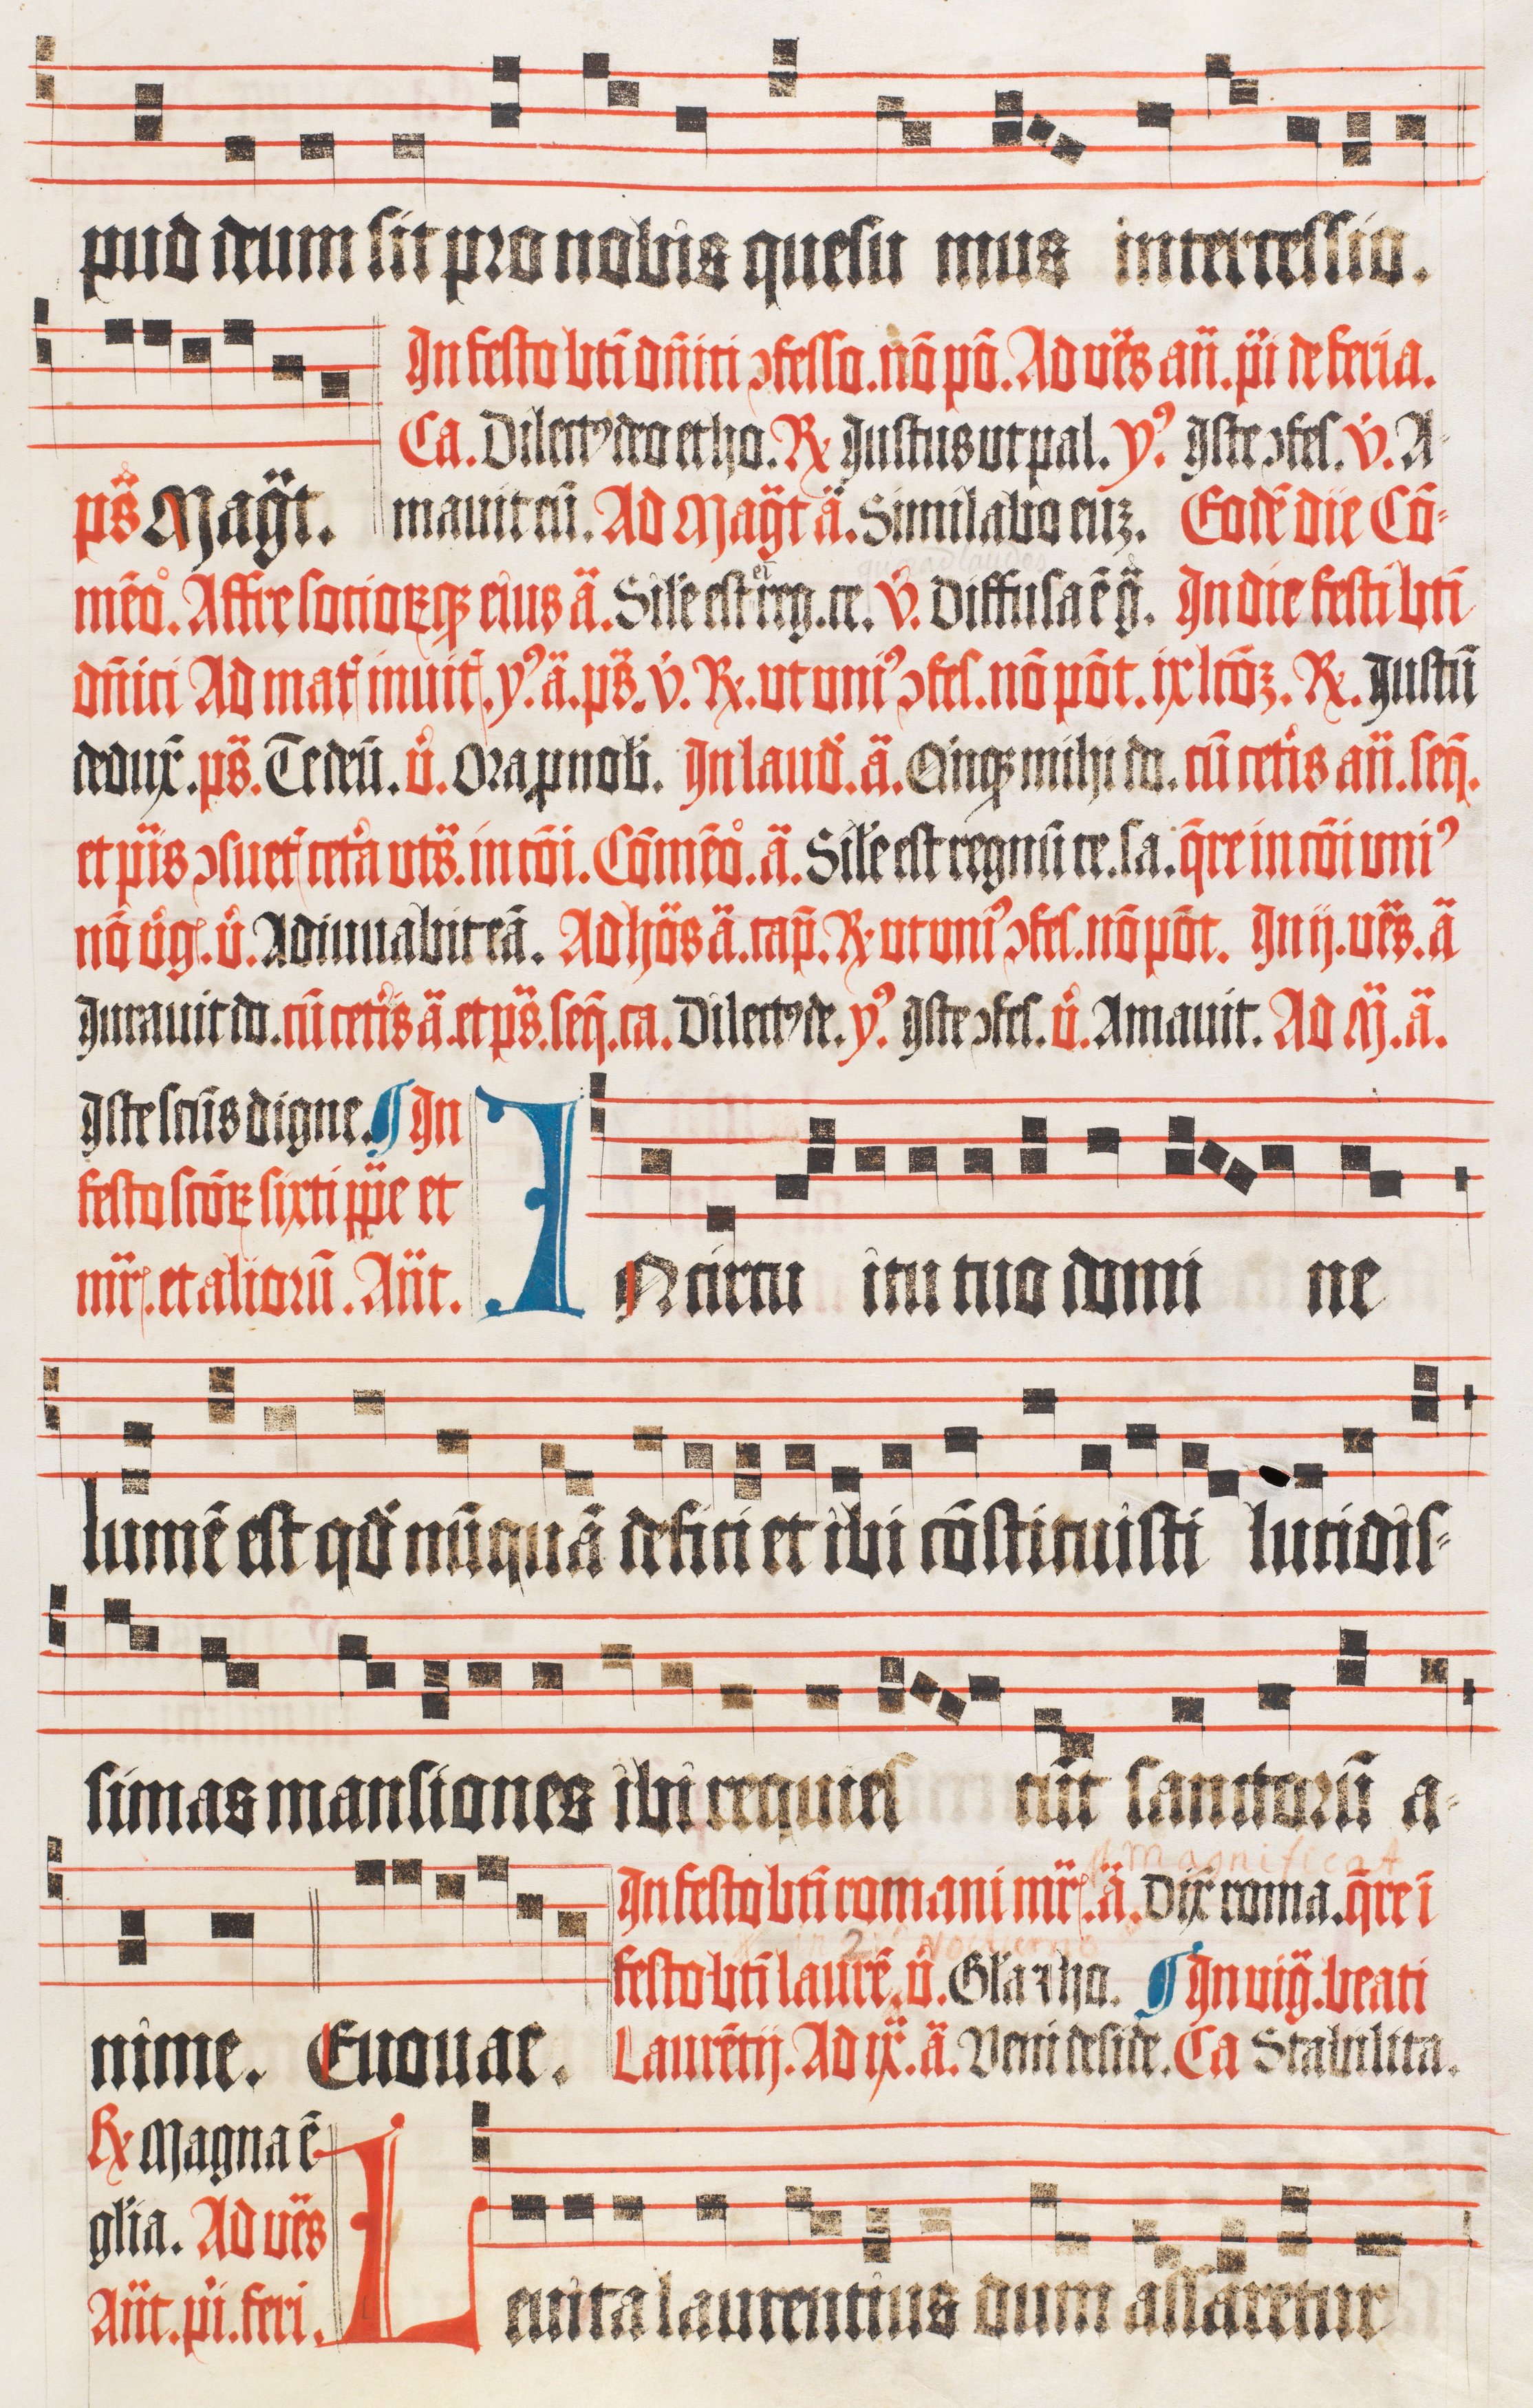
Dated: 1510–1517